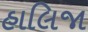
હાલિજા